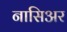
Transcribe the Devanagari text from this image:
नासिअर